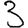
Digit: 3